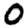
Digit: 0